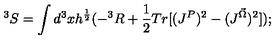
^ 3 S = \int d ^ { 3 } x h ^ { \frac { 1 } { 2 } } ( - ^ { 3 } R + \frac { 1 } { 2 } T r [ ( J ^ { P } ) ^ { 2 } - ( J ^ { \vec { \Omega } } ) ^ { 2 } ] ) ;